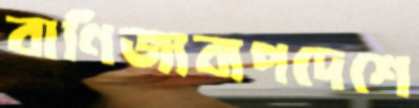
বাণিজ্যব্যপদেশে